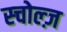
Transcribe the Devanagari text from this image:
स्चोल्ज़